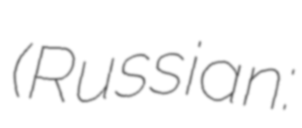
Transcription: (Russian: